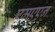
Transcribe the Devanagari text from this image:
एमएएन